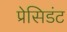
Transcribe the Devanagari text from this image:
प्रेसिडंट